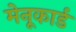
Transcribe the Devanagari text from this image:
मेनूकार्ड